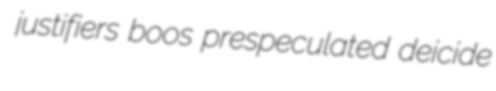
justifiers boos prespeculated deicide